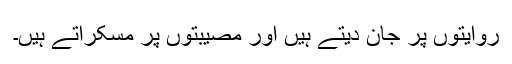
روایتوں پر جان دیتے ہیں اور مصیبتوں پر مسکراتے ہیں۔